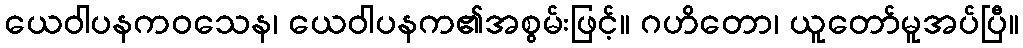
ယေဝါပနကဝသေန၊ ယေဝါပနက၏အစွမ်းဖြင့်။ ဂဟိတော၊ ယူတော်မူအပ်ပြီ။